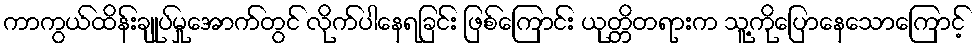
ကာကွယ်ထိန်းချုပ်မှုအောက်တွင် လိုက်ပါနေရခြင်း ဖြစ်ကြောင်း ယုတ္တိတရားက သူ့ကိုပြောနေသောကြောင့်